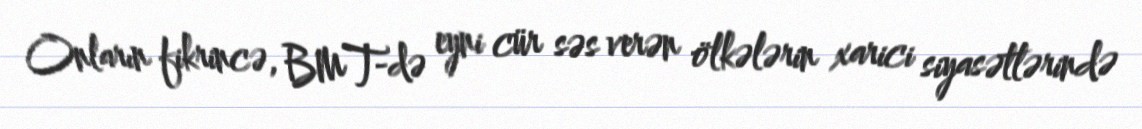
Onların fikrincə, BMT-də eyni cür səs verən ölkələrin xarici siyasətlərində